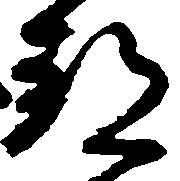
都